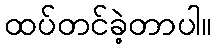
ထပ်တင်ခဲ့တာပါ။